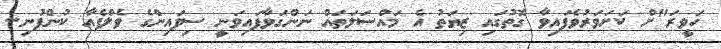
ހަވީރަ"ށް ކަށަވަރުވެފައިވާ ގޮތުގައި ޒިޔަތު އެ މައްސަލަތައް ނަންގަވާފައިވަނީ ސިފައިންގެ ވެލްފެއާ ކުންފުނި..